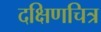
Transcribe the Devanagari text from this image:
दक्षिणचित्र